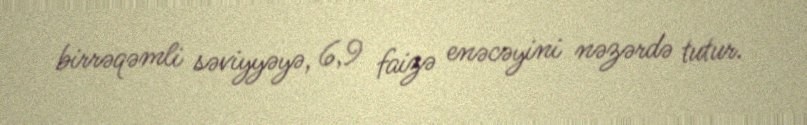
birrəqəmli səviyyəyə, 6,9 faizə enəcəyini nəzərdə tutur.